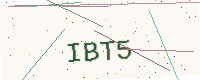
Text: IBT5